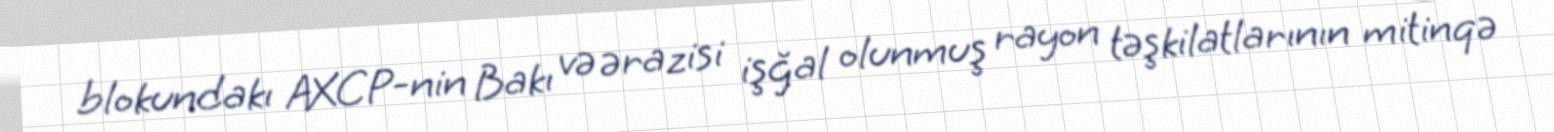
blokundakı AXCP-nin Bakı və ərazisi işğal olunmuş rayon təşkilatlarının mitinqə